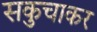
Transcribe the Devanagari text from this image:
सकुचाकर